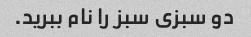
دو سبزی سبز را نام ببرید.